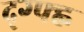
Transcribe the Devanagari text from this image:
द्ग्फ्ह्न